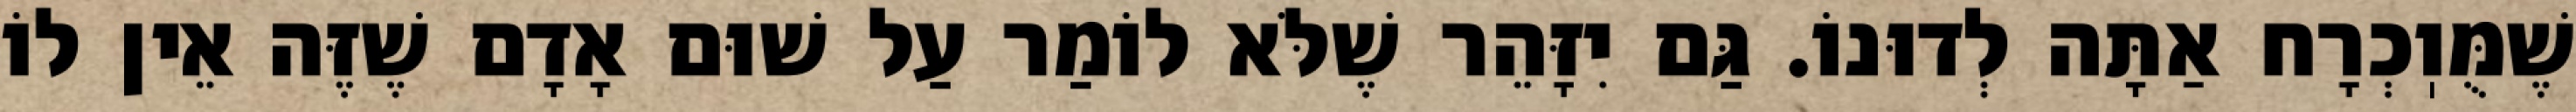
שֶׁמֻּוֽכְרָח אַתָּה לְדוּנוֹ. גַּם יִזָּהֵר שֶׁלֹּא לוֹמַר עַל שׁוּם אָדָם שֶׁזֶּה אֵין לוֹ